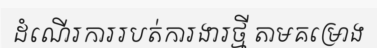
ដំណើរការរបត់ការងារថ្មី តាមគម្រោង